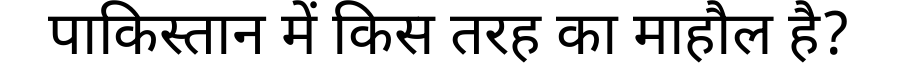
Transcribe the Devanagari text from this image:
पाकिस्तान में किस तरह का माहौल है?